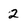
Character: 2